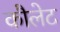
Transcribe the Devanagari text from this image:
कौलेट